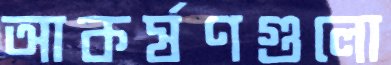
আকর্ষণগুলো